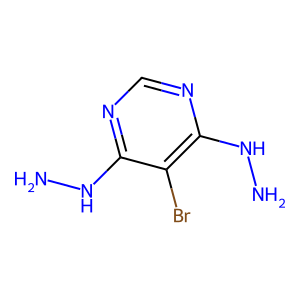
SMILES: NNc1ncnc(NN)c1Br
Inhibits HIV replication: No